Annual report of lunatic asylums [Bombay] - 1912-1922
Year: 1912
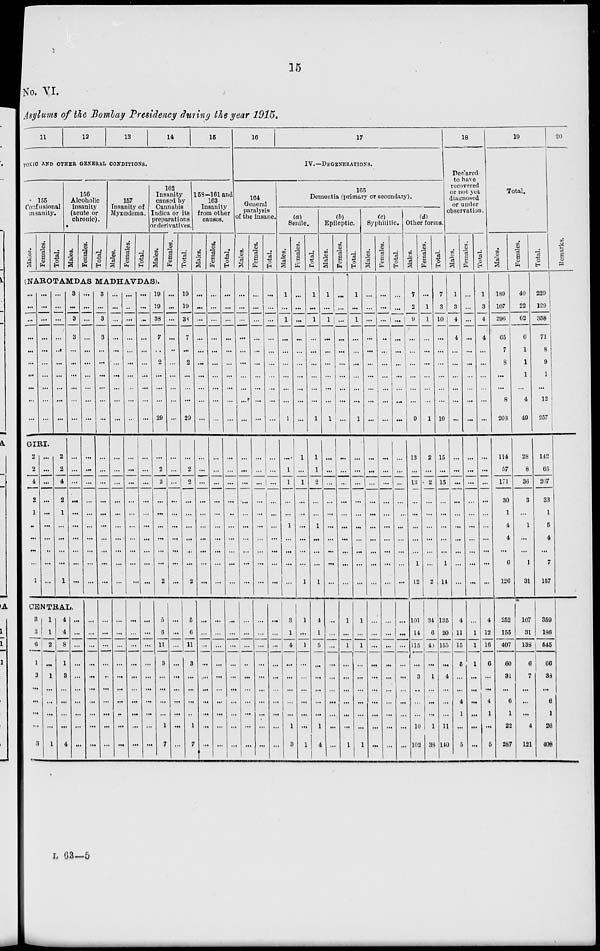
15
No. VI.
Asylums of the Bombay Presidency during the year 1915.
11
12
13
14
15
TOXIC AND OTHER GENERAL CONDITIONS.
155
Confusional
insanity.
Males.
Females.
Total.
156
Alcoholic
insanity
(acute or
chronic).
Males.
Females.
Total.
157
Insanity of
Myxœma.
Males.
Females.
Total.
162
Insanity
caused by
Cannabis
Indica or its
Preparations
or derivatives.
Males.
Females.
(NAROTAMDAS MADHAVDAS).
...
...
...
...
...
...
...
...
...
...
...
...
...
...
...
...
...
...
...
...
...
...
...
...
...
...
...
...
...
...
GIRI.
2
2
4
2
1
...
...
...
...
1
...
...
...
...
...
...
...
...
...
...
2
2
4
2
1
...
...
...
...
1
3
...
3
3
...
...
...
...
...
...
...
...
...
...
...
...
...
...
...
CENTRAL.
3
3
6
1
2
...
...
...
...
3
1
1
2
...
1
...
...
...
...
1
4
4
8
1
3
...
...
...
...
4
...
...
...
...
...
...
...
...
...
...
...
...
...
...
...
...
...
...
...
...
...
...
...
...
...
...
...
...
...
...
...
...
...
...
...
...
...
...
...
...
3
...
3
3
...
...
...
...
...
...
...
...
...
...
...
...
...
...
...
...
...
...
...
...
...
...
...
...
...
...
...
...
...
...
...
...
...
...
...
...
...
...
...
...
...
...
...
...
...
...
...
...
...
...
...
...
...
..
...
...
...
...
...
...
...
...
...
...
...
...
...
...
...
...
...
...
...
...
...
...
...
...
...
...
...
...
...
...
...
...
...
...
...
...
...
...
...
...
...
...
...
...
...
...
...
...
...
...
...
...
...
...
...
...
...
...
...
...
...
...
19
19
38
7
...
2
...
...
...
29
...
2
2
...
...
...
...
...
...
2
5
6
11
3
...
...
...
...
1
7
...
...
...
...
...
...
...
...
...
...
...
...
...
...
...
...
...
...
...
...
...
...
...
...
...
...
...
...
...
...
Total.
19
19
38
7
...
2
...
...
...
29
...
2
2
...
...
...
...
...
...
2
5
6
11
3
...
...
...
...
1
7
158-161 and
163
Insanity
from other
causes.
Males.
...
...
...
...
...
...
...
...
...
...
...
...
...
...
...
...
...
...
...
...
...
...
...
...
...
...
...
...
...
...
Females.
...
...
...
...
...
...
...
...
...
...
...
...
...
...
...
...
...
...
...
...
...
...
...
...
...
...
...
...
...
...
Total.
...
...
...
...
...
...
...
...
...
...
...
...
...
...
..
...
...
...
...
...
...
...
...
...
...
...
...
...
...
...
16
17
IV.—DEGENERATIONS.
164
General
paralysis
of the insane.
Males.
...
...
...
...
...
...
...
...
...
...
...
...
...
...
...
...
...
...
...
...
...
...
...
...
...
...
...
...
...
...
Females.
...
...
...
...
...
...
...
...
...
...
...
...
...
...
...
...
...
...
...
...
...
...
...
...
...
...
...
...
...
...
Total.
...
...
...
...
...
...
...
...
...
...
...
...
...
...
...
...
...
...
...
...
...
...
...
...
...
...
...
...
...
...
165
Dementia (primary or
secondary).
(a)
Senile.
Males.
1
...
1
...
...
...
...
...
...
1
...
1
1
...
...
1
...
...
...
...
3
1
4
...
...
...
...
...
1
3
Females.
...
...
...
...
...
...
...
...
...
...
1
...
1
...
...
...
...
...
...
1
1
...
1
...
...
...
...
...
...
1
Total.
1
...
1
...
...
...
...
...
...
1
1
1
2
...
...
1
...
...
...
1
4
1
5
...
...
...
...
...
1
4
(b)
Epileptic.
Males.
1
...
1
...
...
...
...
...
...
1
...
...
...
...
...
...
...
...
...
...
...
...
...
...
...
...
...
...
...
...
Females.
...
...
...
...
...
...
...
...
...
...
...
...
...
...
...
...
...
...
...
...
1
...
1
...
...
...
...
...
...
1
Total.
1
...
1
...
...
...
...
...
...
1
...
...
...
...
...
...
...
...
...
...
1
...
1
...
...
...
...
...
...
1
(c)
Syphilitic.
Males.
...
...
...
...
...
...
...
...
...
...
...
...
...
...
...
...
...
...
...
...
...
...
...
...
...
...
...
...
...
...
Females.
...
...
...
...
...
...
...
...
...
...
...
...
...
...
...
...
...
...
...
...
...
...
...
...
...
...
...
...
...
...
Total.
...
...
...
...
...
...
...
...
...
...
...
...
...
...
...
...
...
...
...
...
...
...
...
...
...
...
...
...
...
(d)
Other forms.
Males.
7
2
9
...
...
...
...
...
...
9
13
...
13
...
...
...
...
...
1
12
101
14
115
...
3
...
...
...
10
102
Females.
...
1
1
...
...
...
...
...
...
1
2
...
2
...
...
...
...
...
...
2
34
6
40
...
1
...
...
...
1
38
Total.
7
3
10
...
...
...
...
...
...
10
15
...
15
...
...
...
...
...
1
14
135
20
155
...
4
...
...
...
11
140
18
Declared
to have
recovered
or not yet
diagnosed
or under
observation.
Males.
1
3
4
4
...
...
...
...
...
...
...
...
...
...
...
...
...
...
...
...
4
11
15
5
...
...
4
1
...
5
Females.
...
...
...
...
...
...
...
...
...
...
...
...
...
...
...
...
...
...
...
...
...
1
1
1
...
...
...
...
...
...
Total.
1
3
4
4
...
...
...
...
...
...
...
...
...
...
...
...
...
...
...
...
4
12
16
6
...
...
4
1
...
5
19
Total.
Males.
189
107
296
65
7
8
...
...
8
203
114
57
171
30
1
4
4
...
6
126
252
155
407
60
31
...
6
1
22
287
Females.
40
22
62
6
1
1
1
...
4
49
28
8
36
3
...
1
...
...
1
31
107
31
138
6
7
...
...
...
4
121
Total.
229
129
358
71
8
9
1
...
12
257
142
65
207
33
1
5
4
...
7
157
359
186
545
66
38
...
6
1
26
408
20
Remarks.
L 63—5